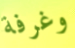
وغرفة